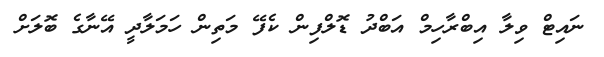
ނައިޓް ވިލާ އިބްރާހިމް އަބްދު ޑޮލްފިން ކެފޭ މަތިން ހަމަލާދީ އޭނާގެ ބޮލަށް